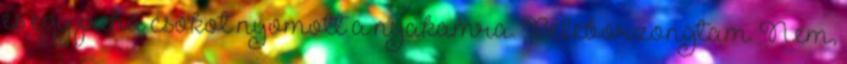
és egy puha csókot nyomott a nyakamra. Beleborzongtam. Nem,